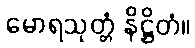
မောရသုတ္တံ နိဋ္ဌိတံ။